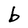
Character: b